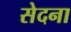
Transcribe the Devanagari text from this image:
सेदना